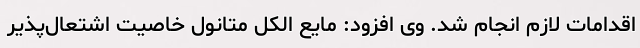
اقدامات لازم انجام شد. وی افزود: مایع الکل متانول خاصیت اشتعال‌پذیر